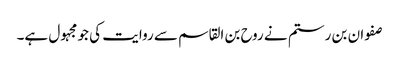
صفوان بن رستم نے روح بن القاسم سے روایت کی جو مجہول ہے۔